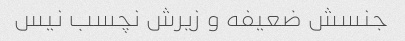
جنسش ضعیفه و زیرش نچسب نیس